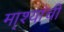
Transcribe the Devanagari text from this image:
मा्श्यांची